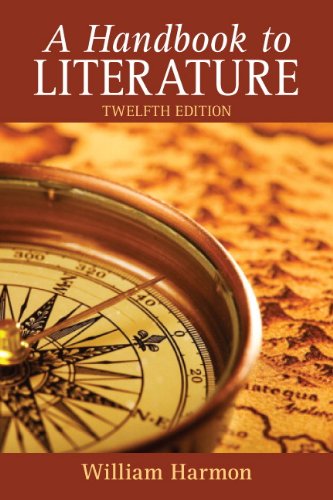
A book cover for A Handbook to Literature (12th Edition); William Harmon; Literature & Fiction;